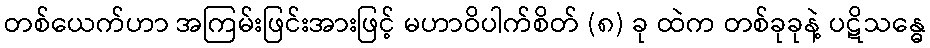
တစ်ယေက်ဟာ အကြမ်းဖြင်းအားဖြင့် မဟာဝိပါက်စိတ် (၈) ခု ထဲက တစ်ခုခုနဲ့ ပဋိသန္ဓေ